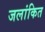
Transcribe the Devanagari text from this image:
जलांकित